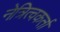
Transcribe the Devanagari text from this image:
नेत्रित्वकर्ता